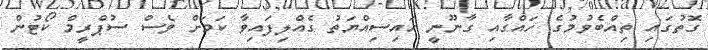
ގޮތުގައި ތިއްބެވުމުގެ ހައްގާއި ގާނޫނީ ހައިސިއްޔަތު ގެއްލިފައިވާ ކަމަށް ވެސް ސުޕްރީމް ކޯޓުން